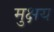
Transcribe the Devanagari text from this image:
मुक्षय